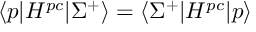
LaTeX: \langle p | H ^ { p c } | \Sigma ^ { + } \rangle = \langle \Sigma ^ { + } | H ^ { p c } | p \rangle